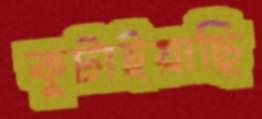
কুটাইয়াছি